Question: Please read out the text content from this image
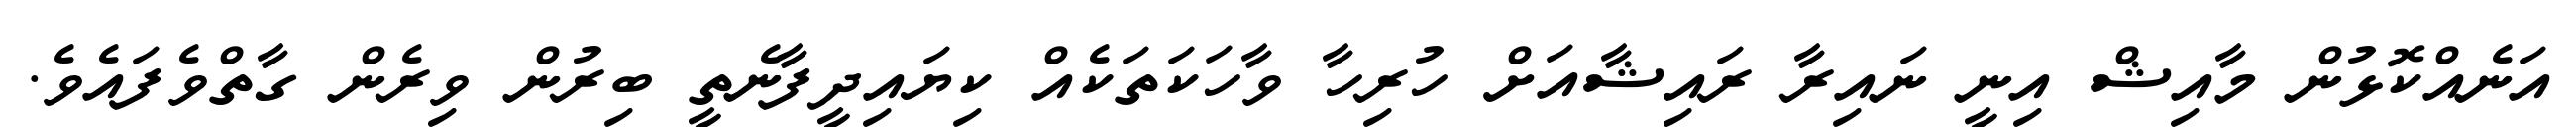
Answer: އަނެއްކޮޅުން މާއިޝް އިނީ ނައިރާ ރައިޝާއަށް ހުރިހާ ވާހަކަތަކެއް ކިޔައިދީފާނެތީ ބިރުން ވިރެން ގާތްވެފައެވެ.